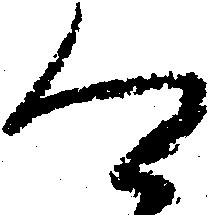
四